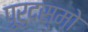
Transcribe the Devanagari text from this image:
पुरुदस्मो